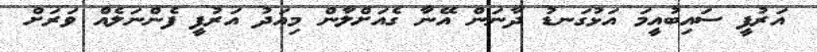
އަރުފީ ސައިބުއީމަ އަޅުގަނޑު ދާނަން އޭނާ ގެއަށްލާން މިއަދު އަރުފީ ފެންނަލެއް ވަރަށް